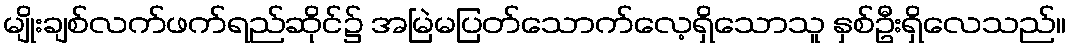
မျိုးချစ်လက်ဖက်ရည်ဆိုင်၌ အမြဲမပြတ်သောက်လေ့ရှိသောသူ နှစ်ဦးရှိလေသည်။